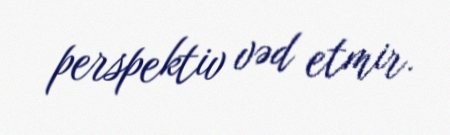
perspektiv vəd etmir.